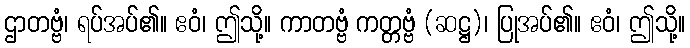
ဌာတဗ္ဗံ၊ ရပ်အပ်၏။ ဧဝံ၊ ဤသို့။ ကာတဗ္ဗံ ကတ္တဗ္ဗံ (ဆဋ္ဌ)၊ ပြုအပ်၏။ ဧဝံ၊ ဤသို့။